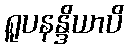
ရူပနန္ဒိယာပိ